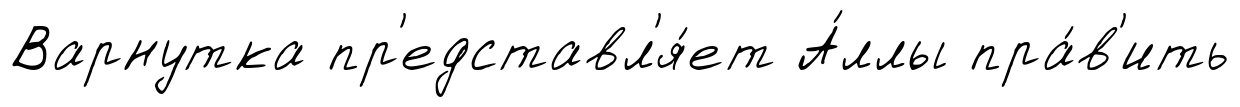
Варнутка пр'едставл'я́ет А́ллы пра́в'ить